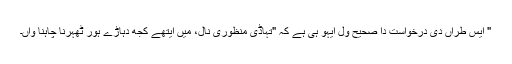
" ایس طراں دی درخواست دا صحیح ول ایہو ہی ہے کہ "تہاڈی منظوری نال، میں ایتھے کجھ دہاڑے ہور ٹھہرنا چاہنا واں۔